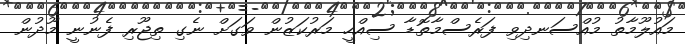
މައުލޫމާތު މުއްސަނދިވި ފަރެސްމާތޮޑާ ސިއްހީ މަރުކަޒުން ވަގަށް ނެގި ތިޖޫރި ފެނުނީ މޫދުން